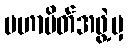
မဟာမိတ်အဖွဲ့မှ